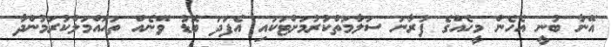
އޭނާ ބުނީ އެހެން މީހެއްގެ ފުރާނަ ސަލާމަތްކުރުމަށްޓަކައި އެފަދަ ބޮޑު ވޭނެއް ތަހައްމަލްކުރަމުންދާ